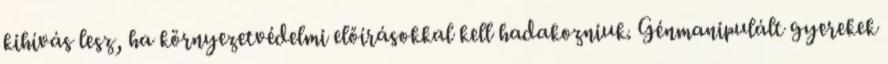
kihívás lesz, ha környezetvédelmi előírásokkal kell hadakozniuk. Génmanipulált gyerekek